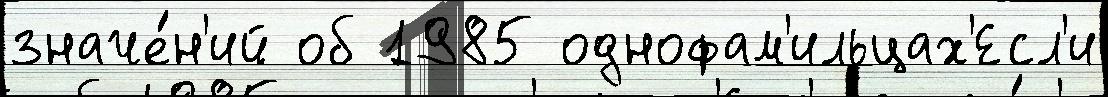
значе́н'ий об 1985 однофам'ильцах'Есл'и